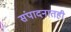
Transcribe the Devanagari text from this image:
संपादनातही